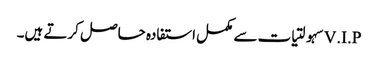
V.I.Pسہولتیات سے مکمل استفادہ حاصل کرتے ہیں۔